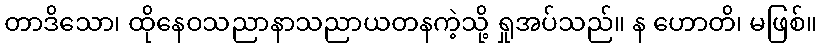
တာဒိသော၊ ထိုနေဝသညာနာသညာယတနကဲ့သို့ ရှုအပ်သည်။ န ဟောတိ၊ မဖြစ်။